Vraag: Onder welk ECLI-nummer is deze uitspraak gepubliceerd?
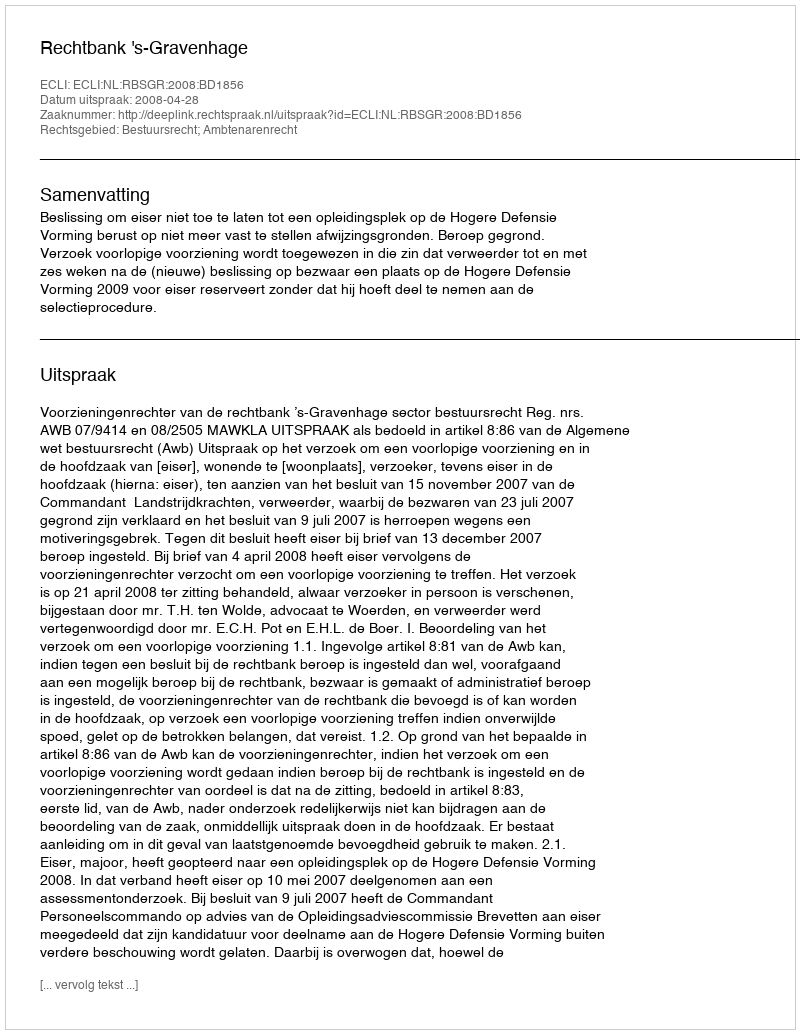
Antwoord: ECLI:NL:RBSGR:2008:BD1856